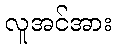
လူအင်အား